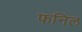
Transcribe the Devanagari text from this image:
फनिल